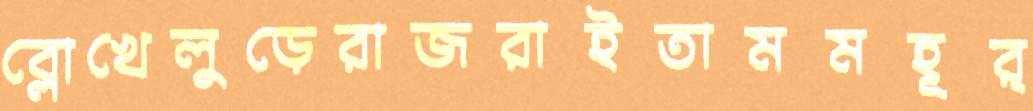
ব্লোখেলুড়েরাজরাইতামমহূর্